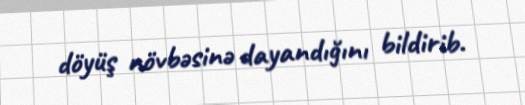
döyüş növbəsinə dayandığını bildirib.